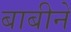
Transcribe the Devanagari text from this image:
बाबीने